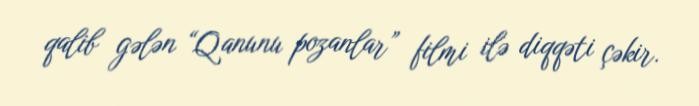
qalib gələn “Qanunu pozanlar” filmi ilə diqqəti çəkir.